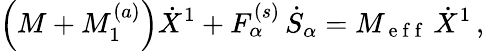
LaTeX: \left(M+M_{1}^{(a)}\right)\dot{X}^{1}+F_{\alpha}^{(s)}\, \dot{S}_{\alpha}=M_{\mathrm{~e~f~f~}}\, \dot{X}^{1}\, ,